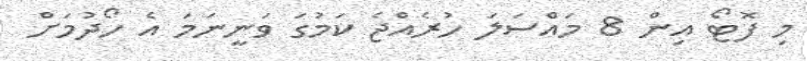
މި ފޮޓޯ އިން 8 މައްސަލަ ހުރެއްޖެ ކަމުގަ ވަނީނަމަ އެ ހޯދުމަށް